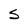
Character: S